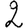
Digit: 2